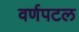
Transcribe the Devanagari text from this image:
वर्णपटल